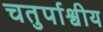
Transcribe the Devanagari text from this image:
चतुर्पाश्वीय